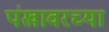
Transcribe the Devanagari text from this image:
पंखावरच्या